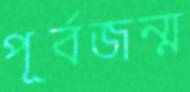
পূর্বজন্ম